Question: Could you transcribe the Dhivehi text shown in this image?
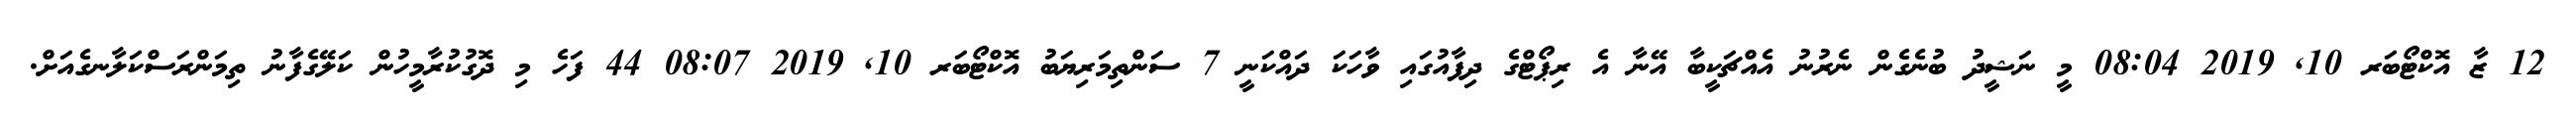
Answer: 12 ޒާ އޮކްޓޯބަރ 10, 2019 08:04 މީ ނަޝީދު ބުނެގެން ނެރުނު އެއްޗަކީބާ އޭނާ އެ ރިޕޯޓްގެ ދިފާއުގައި ވާހަކަ ދައްކަނީ 7 ސަންތިމަރިޔަބު އޮކްޓޯބަރ 10, 2019 08:07 44 ފަހެ މި ދޮގުކުރާމީހުން ކަލޭގެފާނު ތިމަންރަސްކަލާނގެއަށް.